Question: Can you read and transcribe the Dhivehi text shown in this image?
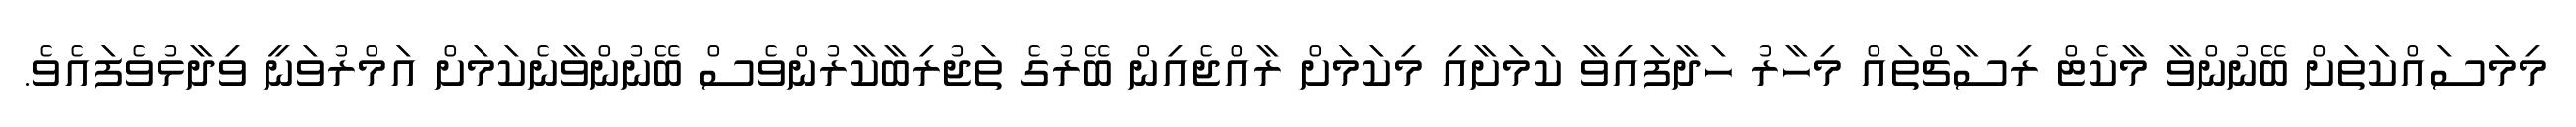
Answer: މިމަސައްކަތަށް ބޭނުންވާ މާކެޓް ރިސާޗްތައް މިހާރު ހަދާފައިވާ ކަމަށާއި މިކަމަށް ރާއްޖެއިން ބޭރުގެ ތަޖުރިބާކާރުންވެސް ބޭނުންވާނެކަމަށް އަމްރުވަނީ ވިދާޅުވެފައެވެ.